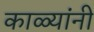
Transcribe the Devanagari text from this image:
काळ्यांनी